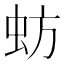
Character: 蚄